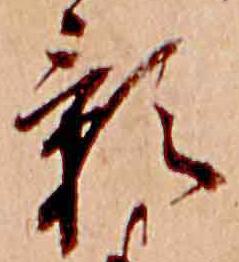
影